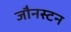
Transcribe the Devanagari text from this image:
जौनस्टन